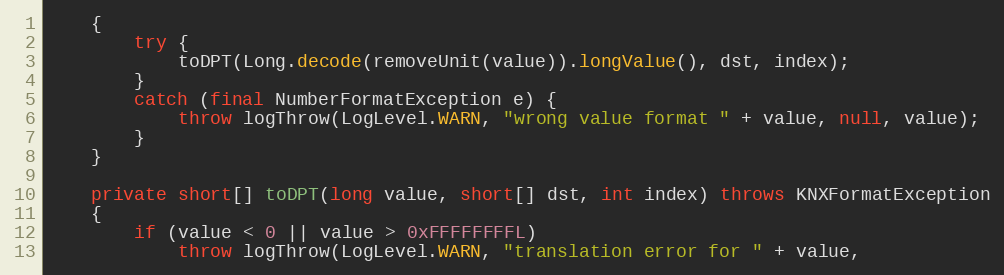
Language: Java
	{
		try {
			toDPT(Long.decode(removeUnit(value)).longValue(), dst, index);
		}
		catch (final NumberFormatException e) {
			throw logThrow(LogLevel.WARN, "wrong value format " + value, null, value);
		}
	}

	private short[] toDPT(long value, short[] dst, int index) throws KNXFormatException
	{
		if (value < 0 || value > 0xFFFFFFFFL)
			throw logThrow(LogLevel.WARN, "translation error for " + value,